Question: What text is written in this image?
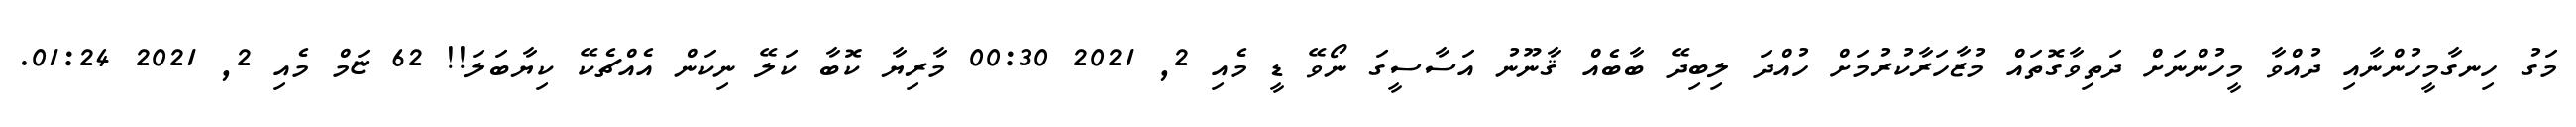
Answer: މަގު ހިނގާމީހުންނާއި ދުއްވާ މީހުންނަށް ދަތިވާގޮތައް މުޒާހަރާކުރުމަށް ހުއްދަ ލިބިދޭ ބާބެއް ޤާނޫނު އަސާސީގަ ނޯވޭ ޑީ މެއި 2, 2021 00:30 މާރިޔާ ކޮބާ ކަލޭ ނިކަން އެއްޗެކޭ ކިޔާބަލަ!! 62 ޏަމް މެއި 2, 2021 01:24.